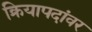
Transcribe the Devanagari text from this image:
क्रियापदांवर